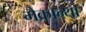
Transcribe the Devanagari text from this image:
मैक्रान्था